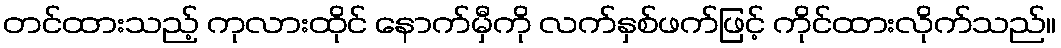
တင်ထားသည့် ကုလားထိုင် နောက်မှီကို လက်နှစ်ဖက်ဖြင့် ကိုင်ထားလိုက်သည်။